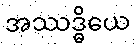
အဿဒ္ဓိယေ